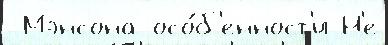
 Мэнсона осо́б'енност'и Н'е